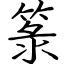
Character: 箓